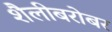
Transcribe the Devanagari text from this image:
शैलीबरोबर